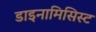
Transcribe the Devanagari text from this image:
डाइनामिसिस्ट